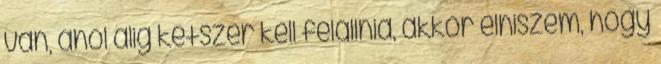
van, ahol alig kétszer kell felállnia, akkor elhiszem, hogy